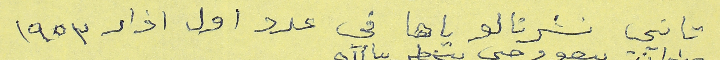
تانيي نشرنالو ياها في عدد اول آذار ١٩٥٣